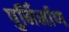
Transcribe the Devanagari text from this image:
पुर्निर्माण